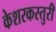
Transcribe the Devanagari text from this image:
केशरकस्तुरी